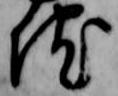
院